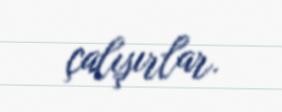
çalışırlar.